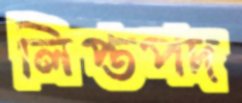
লিপ্তপদ